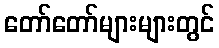
တော်တော်များများတွင်